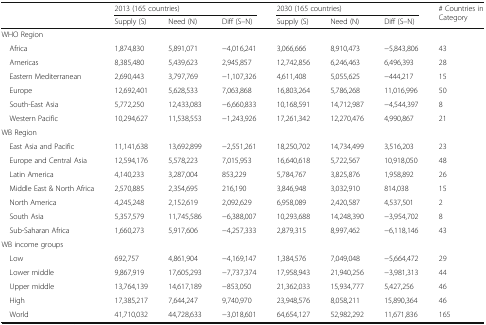
<table><thead><tr><td rowspan="2"></td><td colspan="3"><b>2013 (165 countries)</b></td><td colspan="3"><b>2030 (165 countries)</b></td><td rowspan="2"><b># Countries in Category</b></td></tr><tr><td><b>Supply (S)</b></td><td><b>Need (N)</b></td><td><b>Diff (S–N)</b></td><td><b>Supply (S)</b></td><td><b>Need (N)</b></td><td><b>Diff (S–N)</b></td></tr></thead><tbody><tr><td colspan="8">WHO Region</td></tr><tr><td> Africa</td><td>1,874,830</td><td>5,891,071</td><td>−4,016,241</td><td>3,066,666</td><td>8,910,473</td><td>−5,843,806</td><td>43</td></tr><tr><td> Americas</td><td>8,385,480</td><td>5,439,623</td><td>2,945,857</td><td>12,742,856</td><td>6,246,463</td><td>6,496,393</td><td>28</td></tr><tr><td> Eastern Mediterranean</td><td>2,690,443</td><td>3,797,769</td><td>−1,107,326</td><td>4,611,408</td><td>5,055,625</td><td>−444,217</td><td>15</td></tr><tr><td> Europe</td><td>12,692,401</td><td>5,628,533</td><td>7,063,868</td><td>16,803,264</td><td>5,786,268</td><td>11,016,996</td><td>50</td></tr><tr><td> South-East Asia</td><td>5,772,250</td><td>12,433,083</td><td>−6,660,833</td><td>10,168,591</td><td>14,712,987</td><td>−4,544,397</td><td>8</td></tr><tr><td> Western Pacific</td><td>10,294,627</td><td>11,538,553</td><td>−1,243,926</td><td>17,261,342</td><td>12,270,476</td><td>4,990,867</td><td>21</td></tr><tr><td colspan="8">WB Region</td></tr><tr><td> East Asia and Pacific</td><td>11,141,638</td><td>13,692,899</td><td>−2,551,261</td><td>18,250,702</td><td>14,734,499</td><td>3,516,203</td><td>23</td></tr><tr><td> Europe and Central Asia</td><td>12,594,176</td><td>5,578,223</td><td>7,015,953</td><td>16,640,618</td><td>5,722,567</td><td>10,918,050</td><td>48</td></tr><tr><td> Latin America</td><td>4,140,233</td><td>3,287,004</td><td>853,229</td><td>5,784,767</td><td>3,825,876</td><td>1,958,892</td><td>26</td></tr><tr><td> Middle East &amp; North Africa</td><td>2,570,885</td><td>2,354,695</td><td>216,190</td><td>3,846,948</td><td>3,032,910</td><td>814,038</td><td>15</td></tr><tr><td> North America</td><td>4,245,248</td><td>2,152,619</td><td>2,092,629</td><td>6,958,089</td><td>2,420,587</td><td>4,537,501</td><td>2</td></tr><tr><td> South Asia</td><td>5,357,579</td><td>11,745,586</td><td>−6,388,007</td><td>10,293,688</td><td>14,248,390</td><td>−3,954,702</td><td>8</td></tr><tr><td> Sub-Saharan Africa</td><td>1,660,273</td><td>5,917,606</td><td>−4,257,333</td><td>2,879,315</td><td>8,997,462</td><td>−6,118,146</td><td>43</td></tr><tr><td colspan="8">WB income groups</td></tr><tr><td> Low</td><td>692,757</td><td>4,861,904</td><td>−4,169,147</td><td>1,384,576</td><td>7,049,048</td><td>−5,664,472</td><td>29</td></tr><tr><td> Lower middle</td><td>9,867,919</td><td>17,605,293</td><td>−7,737,374</td><td>17,958,943</td><td>21,940,256</td><td>−3,981,313</td><td>44</td></tr><tr><td> Upper middle</td><td>13,764,139</td><td>14,617,189</td><td>−853,050</td><td>21,362,033</td><td>15,934,777</td><td>5,427,256</td><td>46</td></tr><tr><td> High</td><td>17,385,217</td><td>7,644,247</td><td>9,740,970</td><td>23,948,576</td><td>8,058,211</td><td>15,890,364</td><td>46</td></tr><tr><td> World</td><td>41,710,032</td><td>44,728,633</td><td>−3,018,601</td><td>64,654,127</td><td>52,982,292</td><td>11,671,836</td><td>165</td></tr></tbody></table>